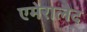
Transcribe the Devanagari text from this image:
एमेरालेद